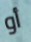
أو